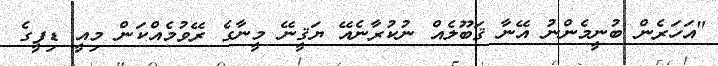
"އަހަރެން ބުނީމެންނު އޭނާ ޤަބޫލެއް ނުކުރާނެއޭ ޔަޤީނޭ މީނާގެ ރޭވުމެއްކަން މިއީ ޑިފީގެ